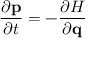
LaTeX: { \frac { \partial \mathbf { p } } { \partial t } } = - { \frac { \partial H } { \partial \mathbf { q } } }